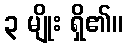
၃ မျိုး ရှိ၏။